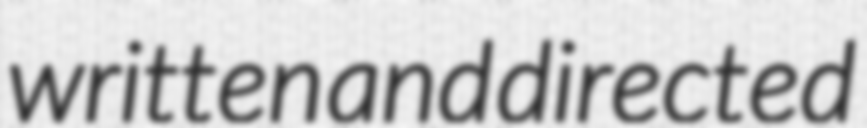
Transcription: written and directed